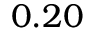
0 . 2 0